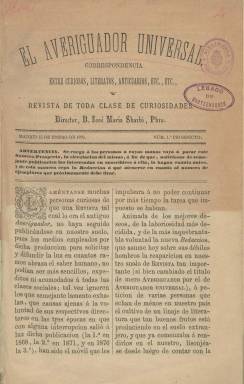
Título: El Averiguador universal
Colección: Preguntas y respuestas
Ámbito geográfico: Madrid
Lugar de publicación: Madrid
Fechas: 15/01/1879-31/12/1882

Con el subtítulo “correspondencia entre curiosos, literatos, anticuarios, etc., etc., y revista de toda clase de curiosidades” se edita en Madrid entre el 15 de enero de 1879 y el 31 de diciembre de 1882, en entregas quincenales, esta publicación basada principalmente en una especie de consultorio sobre asuntos históricos, culturales, literarios, filológicos (refranes, proverbios), arqueológicos, filatélicos, bibliográficos, folclóricos, costumbristas, biográficos y de “cuantos ramos abraza el saber humano”, tal como señala su prospecto.

Adopta este título ampliado de la revista El Averiguador que se había publicado anteriormente entre 1867-1868, 1871-1873 y 1876-1877, y que había estado a cargo de Gregorio Cruzada Villaamil, Eduardo de Mariátegui y Martín y Mariano Vergara, respectivamente, y cuyas dos primera épocas forman parte también de la colección de la Biblioteca Nacional de España.

El Averiguador universal es considerado la cuarta época de este tipo de revista singular, cuyo fin fue “arraigar en España una especie de comercio, trato o correspondencia literaria” entre las personas amantes del saber, que ya se había desarrollado en otros países europeos y en Norteamérica, y cuyo único límite en sus contenidos estaba establecido en las cuestiones religiosas o políticas.

Ahora estará dirigida por el presbítero, filólogo, musicólogo y paremiólogo español José María Sbarbi y Osuna (1834-1910), y será estampada en la imprenta de Alejandro Gómez de Fuentenebro, en números de dieciséis páginas, compuestas a dos columnas, que saldrán los días 15 y último de cada mes.

Su estructura y la naturaleza de sus contenidos son similares a El Averiguador. Las dos principales secciones son Preguntas y Respuestas, con los textos que envían a la redacción sus suscriptores y lectores, que pueden ir firmadas tanto con sus nombres y apellidos, las iniciales de estos, seudónimos o de forma anónima; aunque muchas de unas y otras lo sean por el propio Sbarbi, o aparezcan las firmas de Francisco A. Barbieri, Leopoldo Rius, Aldolphe Gautier o N. Díaz y Pérez, entre otros muchos.

La tercera sección lleva también, como su antecesora, el epígrafe Curiosidades, en la que se incluyen textos o transcripciones de textos y documentos históricos, pero también noticias, descubrimientos, datos, novedades y otros textos de creación literaria, principalmente composiciones poéticas, romances, etc. Y aunque asimismo en algún momento tiene la sección de Movimiento artístico (para la compra-venta o cambio de cuadros, medallas, etc.), incluye otra principal titulada Movimiento bibliográfico, en la que da cuenta de las obras librarias que llegan a su redacción o las que pretenden vender o cambiar sus suscriptores. También incluye otra de Correspondencia entre curiosos, literatos y anticuarios, etc., y llega a insertar algún grabado. La publicación llegará a ser portavoz de la Academia Nacional de Letras Populares.

La paginación de las entregas (cada una comienza con un sumario) es continuada cada año, formando la colección cuatro tomos anuales, que se acercan a las cuatrocientas páginas cada uno y con un índice alfabético por secciones. En la última entrega de 1882 anunció su suspensión.

Los contenidos narrativos de esta revista han sido estudiados por José Luis Agundez García en 2006 y 2007.